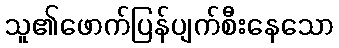
သူ၏ဖောက်ပြန်ပျက်စီးနေသော